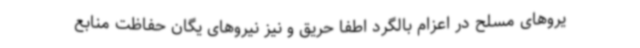
یروهای مسلح در اعزام بالگرد اطفا حریق و نیز نیروهای یگان حفاظت منابع